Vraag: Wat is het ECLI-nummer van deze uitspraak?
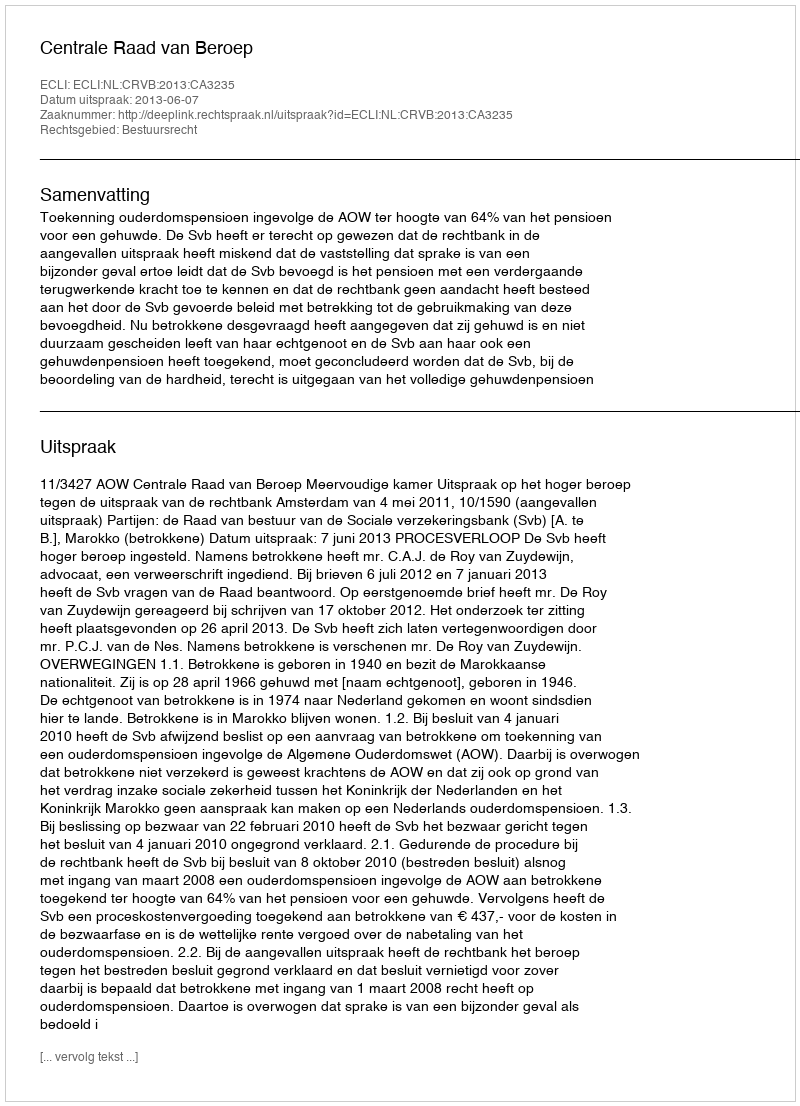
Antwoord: ECLI:NL:CRVB:2013:CA3235